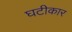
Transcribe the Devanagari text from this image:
घटीकार